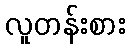
လူတန်းစား